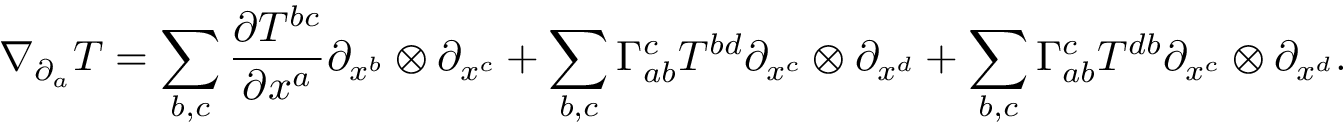
\nabla _ { \partial _ { a } } T = \sum _ { b , c } \frac { \partial T ^ { b c } } { \partial x ^ { a } } \partial _ { x ^ { b } } \otimes \partial _ { x ^ { c } } + \sum _ { b , c } \Gamma _ { a b } ^ { c } T ^ { b d } \partial _ { x ^ { c } } \otimes \partial _ { x ^ { d } } + \sum _ { b , c } \Gamma _ { a b } ^ { c } T ^ { d b } \partial _ { x ^ { c } } \otimes \partial _ { x ^ { d } } .